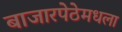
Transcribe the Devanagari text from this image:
बाजारपेठेमधला